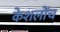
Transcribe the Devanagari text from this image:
केशलोंच